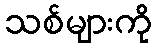
သစ်များကို